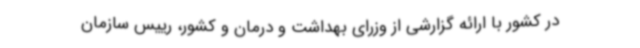
در کشور با ارائه گزارشی از وزرای بهداشت و درمان و کشور، رییس سازمان